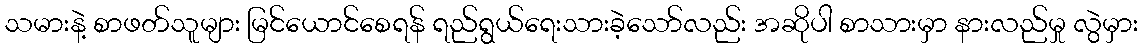
သမားနဲ့ စာဖတ်သူများ မြင်ယောင်စေရန် ရည်ရွယ်ရေးသားခဲ့သော်လည်း အဆိုပါ စာသားမှာ နားလည်မှု လွဲမှား